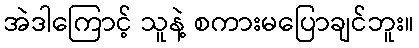
အဲဒါကြောင့် သူနဲ့ စကားမပြောချင်ဘူး။